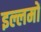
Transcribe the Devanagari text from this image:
इल्लमों